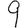
Digit: 9